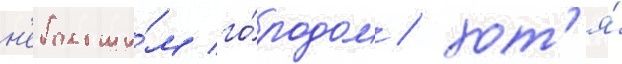
н'ебольши́м го́родом / хот'я́